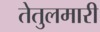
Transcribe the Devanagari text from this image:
तेतुलमारी